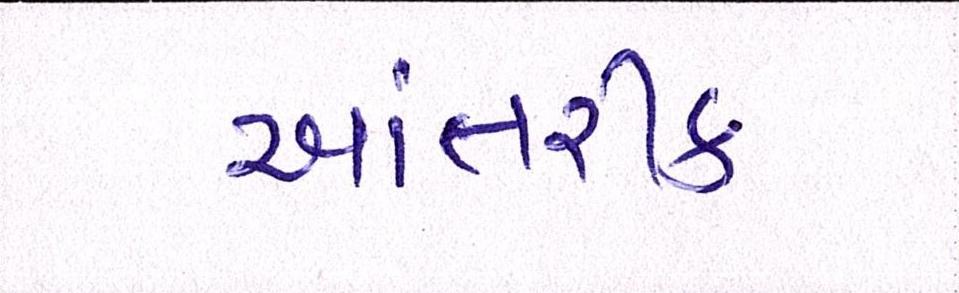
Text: આંતરીક